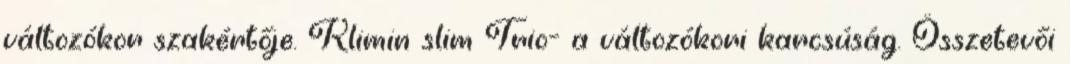
változókor szakértője. Klimin slim Trio- a változókori karcsúság. Összetevői